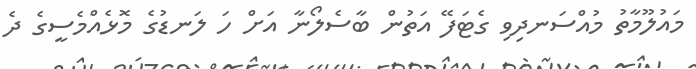
މައުލޫމާތު މުއްސަނދިވި ގެޓަފޭ އަތުން ބާސެލޯނާ އަށް ހަ ލަނޑުގެ މޮޅެއްމެސީގެ ދެ